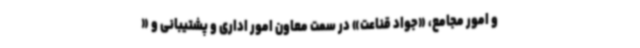
و امور مجامع، «جواد قناعت» در سمت معاون امور اداری و پشتیبانی و «